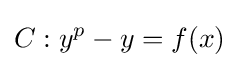
C:y^{p}-y=f(x)